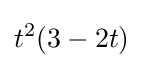
t^{2}(3-2t)